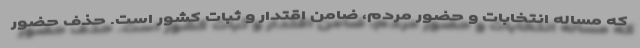
که مساله انتخابات و حضور مردم، ضامن اقتدار و ثبات کشور است. حذف حضور